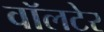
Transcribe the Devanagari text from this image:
वॉलटेर